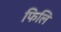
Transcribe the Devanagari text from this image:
फिलि